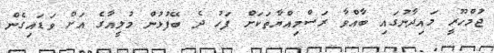
ޖުމްހޫރީ މައިދާނުގައި ބާއްވާ ރަސްމިއްޔާތަކަށް ފަހު ދެ ބޭފުޅުން މުލީއާގެ އަށް ވަޑައިގެން